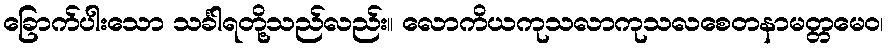
ခြောက်ပါးသော သင်္ခါရတို့သည်လည်း။ လောကိယကုသလာကုသလစေတနာမတ္တမေဝ၊